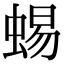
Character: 蜴